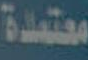
معتمدة